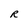
Character: R